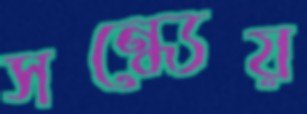
সন্ধ্যেয়